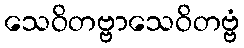
သေဝိတဗ္ဗာသေဝိတဗ္ဗံ